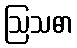
ဩသဓာ